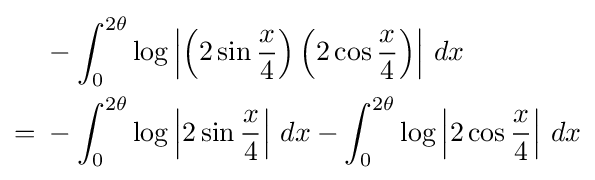
{\begin{aligned}&-\int _{0}^{2\theta }\log \left|\left(2\sin {\frac {x}{4}}\right)\left(2\cos {\frac {x}{4}}\right)\right|\,dx\\={}&-\int _{0}^{2\theta }\log \left|2\sin {\frac {x}{4}}\right|\,dx-\int _{0}^{2\theta }\log \left|2\cos {\frac {x}{4}}\right|\,dx\end{aligned}}